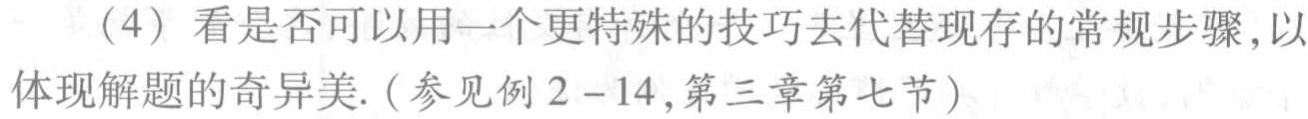
（4）看是否可以用一个更特殊的技巧去代替现存的常规步骤,以体现解题的奇异美. (参见例 \(2 - 14\),第三章第七节)